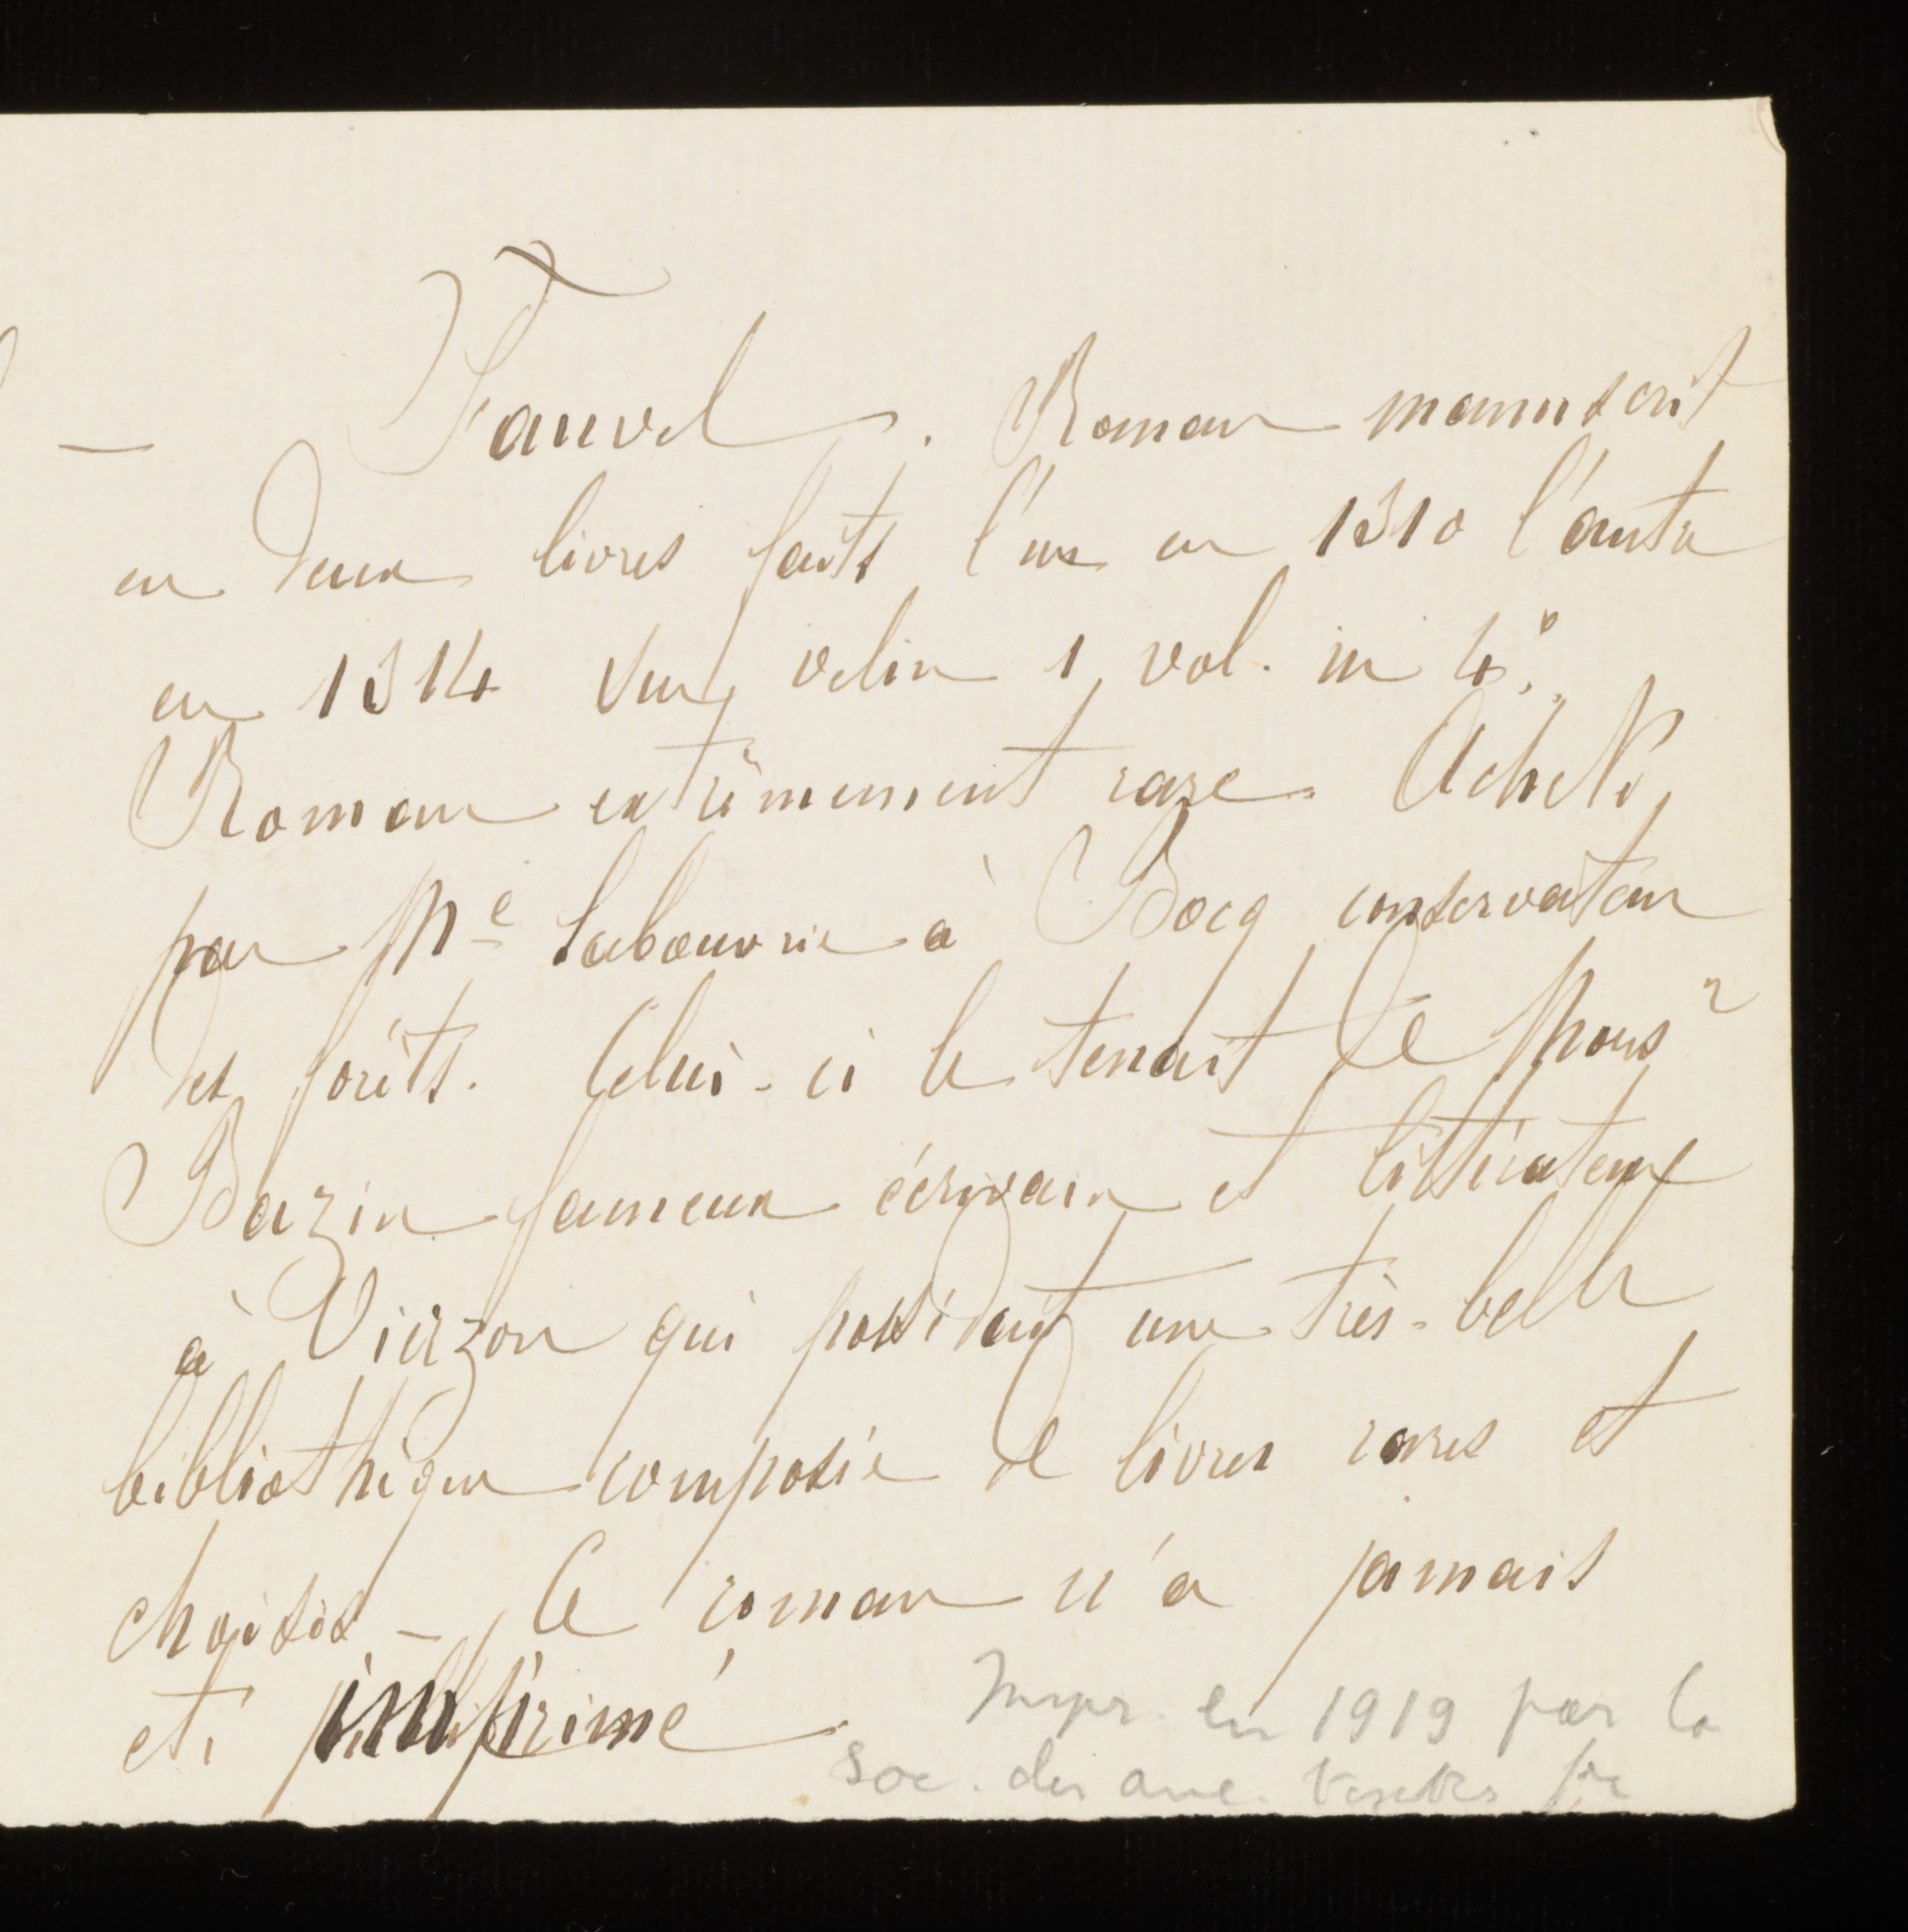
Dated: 1400–1499